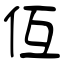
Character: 仾